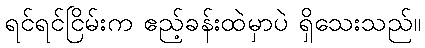
ရင်ရင်ငြိမ်းက ဧည့်ခန်းထဲမှာပဲ ရှိသေးသည်။